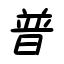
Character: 普